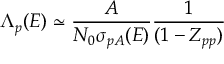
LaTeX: \Lambda _ { p } ( E ) \simeq { \frac { A } { N _ { 0 } \sigma _ { p A } ( E ) } } { \frac { 1 } { ( 1 - Z _ { p p } ) } }